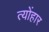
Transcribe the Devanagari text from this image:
त्योंहार